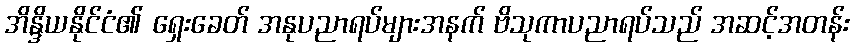
အိန္ဒိယနိုင်ငံ၏ ရှေးခေတ် အနုပညာရပ်များအနက် ဗိသုကာပညာရပ်သည် အဆင့်အတန်း